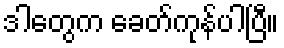
ဒါတွေက ခေတ်ကုန်ပါပြီ။